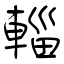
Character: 輜